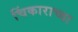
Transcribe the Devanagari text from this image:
चिंकाराच्या